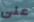
على